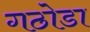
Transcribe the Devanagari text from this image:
गठोडा